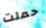
حملت